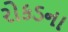
રોકડના